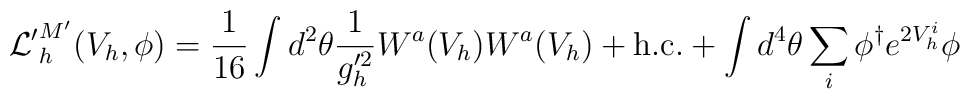
{\cal L'}^{M'}_h(V_h,\phi) = \frac{1}{16} \int d^2 \theta \frac{1}{g'^2_h}  W^a(V_h)W^a(V_h) + \mbox{h.c.}   + \int d^4 \theta \sum_i \phi^{\dagger} e^{2 V_h^i} \phi